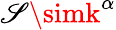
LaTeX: \mathscr{S}\simk^{\alpha}